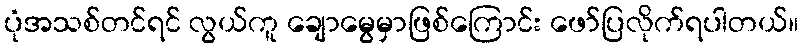
ပုံအသစ်တင်ရင် လွယ်ကူ ချောမွေမှာဖြစ်ကြောင်း ဖော်ပြလိုက်ရပါတယ်။